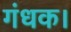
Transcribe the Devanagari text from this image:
गंधक।